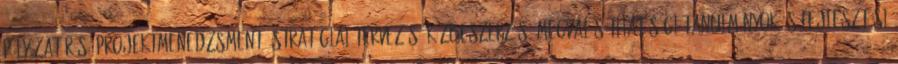
pályázatírás, projektmenedzsment, stratégiai tervezés, közbeszerzés, megvalósíthatósági tanulmányok és fejlesztési